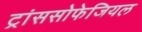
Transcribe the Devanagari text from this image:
ट्रांससोफेजियल